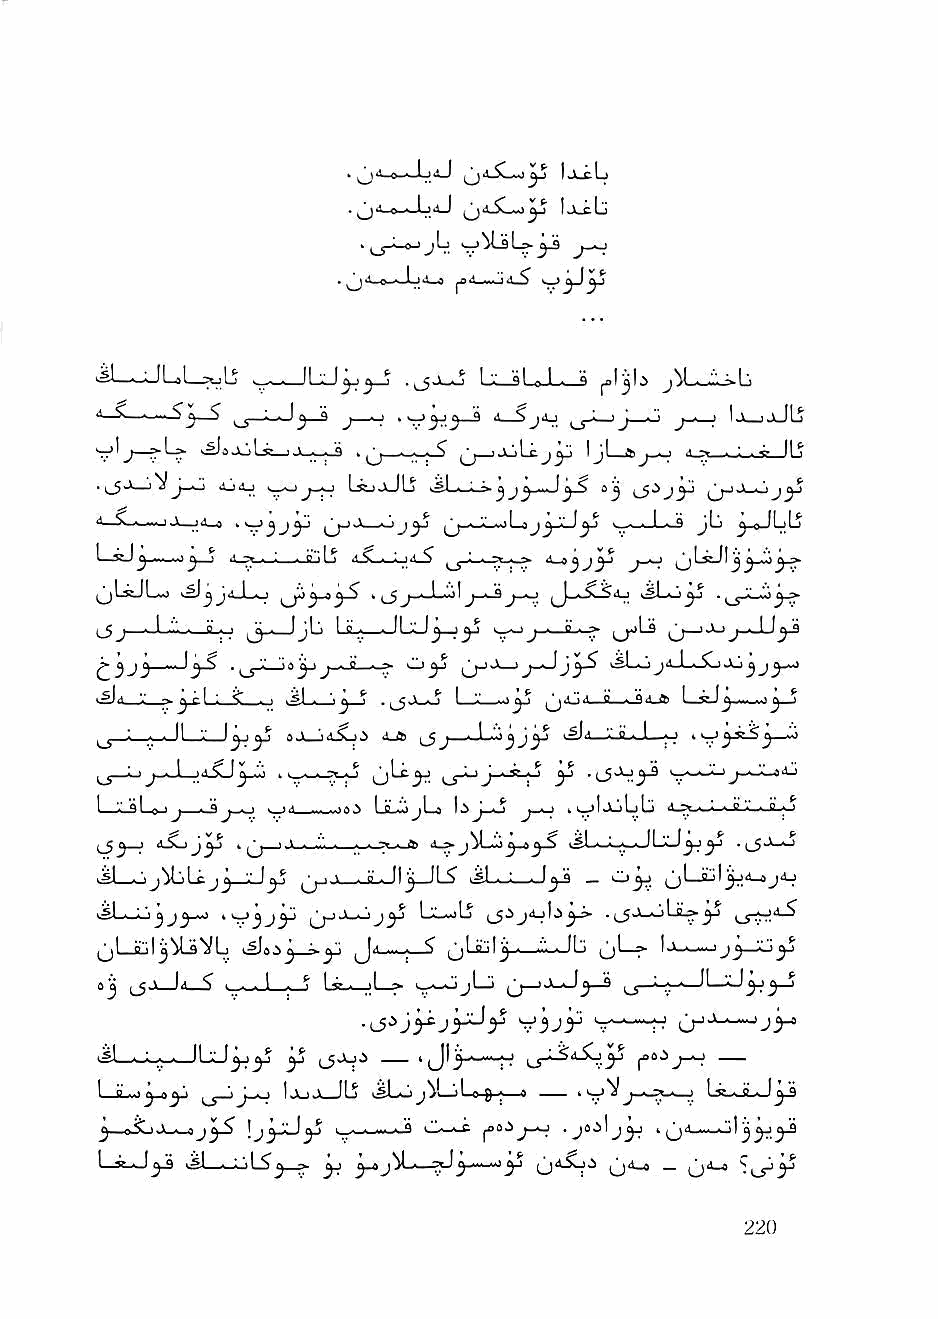
IxcLj
 'e l. jaJ  Ijl^b
 .^ • 01jL
 .^ 4—»-A_l_i4_»
 ^1——?V.^  ILlJ^^_j n |_gjL.o ! '.' al .1 n a jM——
 y ^     ^—9 j • > »«— ^ *Cj.< 1 ^' •j - • j - n !jl-)J—ILj
 >^sAjL»_i J_._^ ,   ijjLcj^ Ijl ^ j-^ ' ■ ' ■ ^
 ■L-^ >^SAjL»_l J_^_J ,.'| ._s-^ .'^jjjLc 1 OJ I il b i_0 4.SI .i . ^ ILj
 I'^J—^ 4j4j  LsSjjJLj lSL^-La j J
 jiV .,i«l_o ^    ^                 ^Ij ^-o-jL>lu
 •-wo eL_j . p I [ ^ <lSL.^-Lj4^ j~^- o^"^^j55^3^
 ^L^JLsj            , (_g ^wi-*o ^ J * ^
 ^_5j ■ I '" ■ a I Jj - IJI '■ 1 o . . II '■' Ij ij' •—Bi- ;> ,_j—iJ->j .J.l^
 ^^      ^ ^'•' A^ t J • ^                   J
 ,sl„ '-• --I : ? . . .si . \ ^ ^ I '■' .'j' ^iGii ■ it I . 94_ft L-^j. j—S
 ^ ' - . 11 '.' ^^ ^^ .s \ < .< <* 1 S ^ J , ■■ ,1, "'j > 0 I 1 « fc ^ —w
 |4.SJ^_.lj > ^jLt^      ^ .^Aj^ v-~"^
 1 L^LoJj ^         LiL.jjl_4 Ia J_o j_^ >4jlAjLb > B '•"i- B
 - ^                            ^ .^j—o
 »MI_^jM'.i v  ^ ■ 1 ■ y ■ [I j 11 's ^S| . [^ _ '^3^
 tSL—Lj j J ^--)       L'w.o Ij |_jAj4j)j^^ . ^_5■>_!_) LiL^j-i
 ^Li'jI^'^LflVL          jjLiLiljj.^— (jl—f 'a-"—
 (jj ld_$ >_..w.^L_j L^^l—•> j'—^ (j—'■^^3—^ LT"^"?""'—
 ■L$^jy^J3^r    v-*—H
 y iJAjA
 1I i°i' .- ■■• Jy o.jy'. Ij-ljJlj i^Lo J^L->li e {) » r» i J . ■> . I bs-^JLj^
 j^i-e^-i Ji-.-a J ! J ^ -•■9 t— J® a -S • J 0 JI jy » d__o 1 ^ y y
 1 V ■.! .Sj . :',I ^J ^ ^ y~^y ^jd.So.i ijd-s _